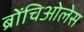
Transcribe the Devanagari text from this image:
ब्रोंचिओलेस